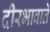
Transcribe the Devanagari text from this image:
दीरभावाते